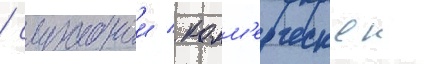
/ служебнои / комм'ерческои